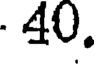
40.